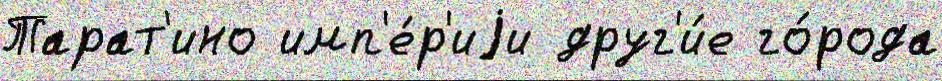
Тарат'ино имп'е́р'иjи друг'и́е го́рода